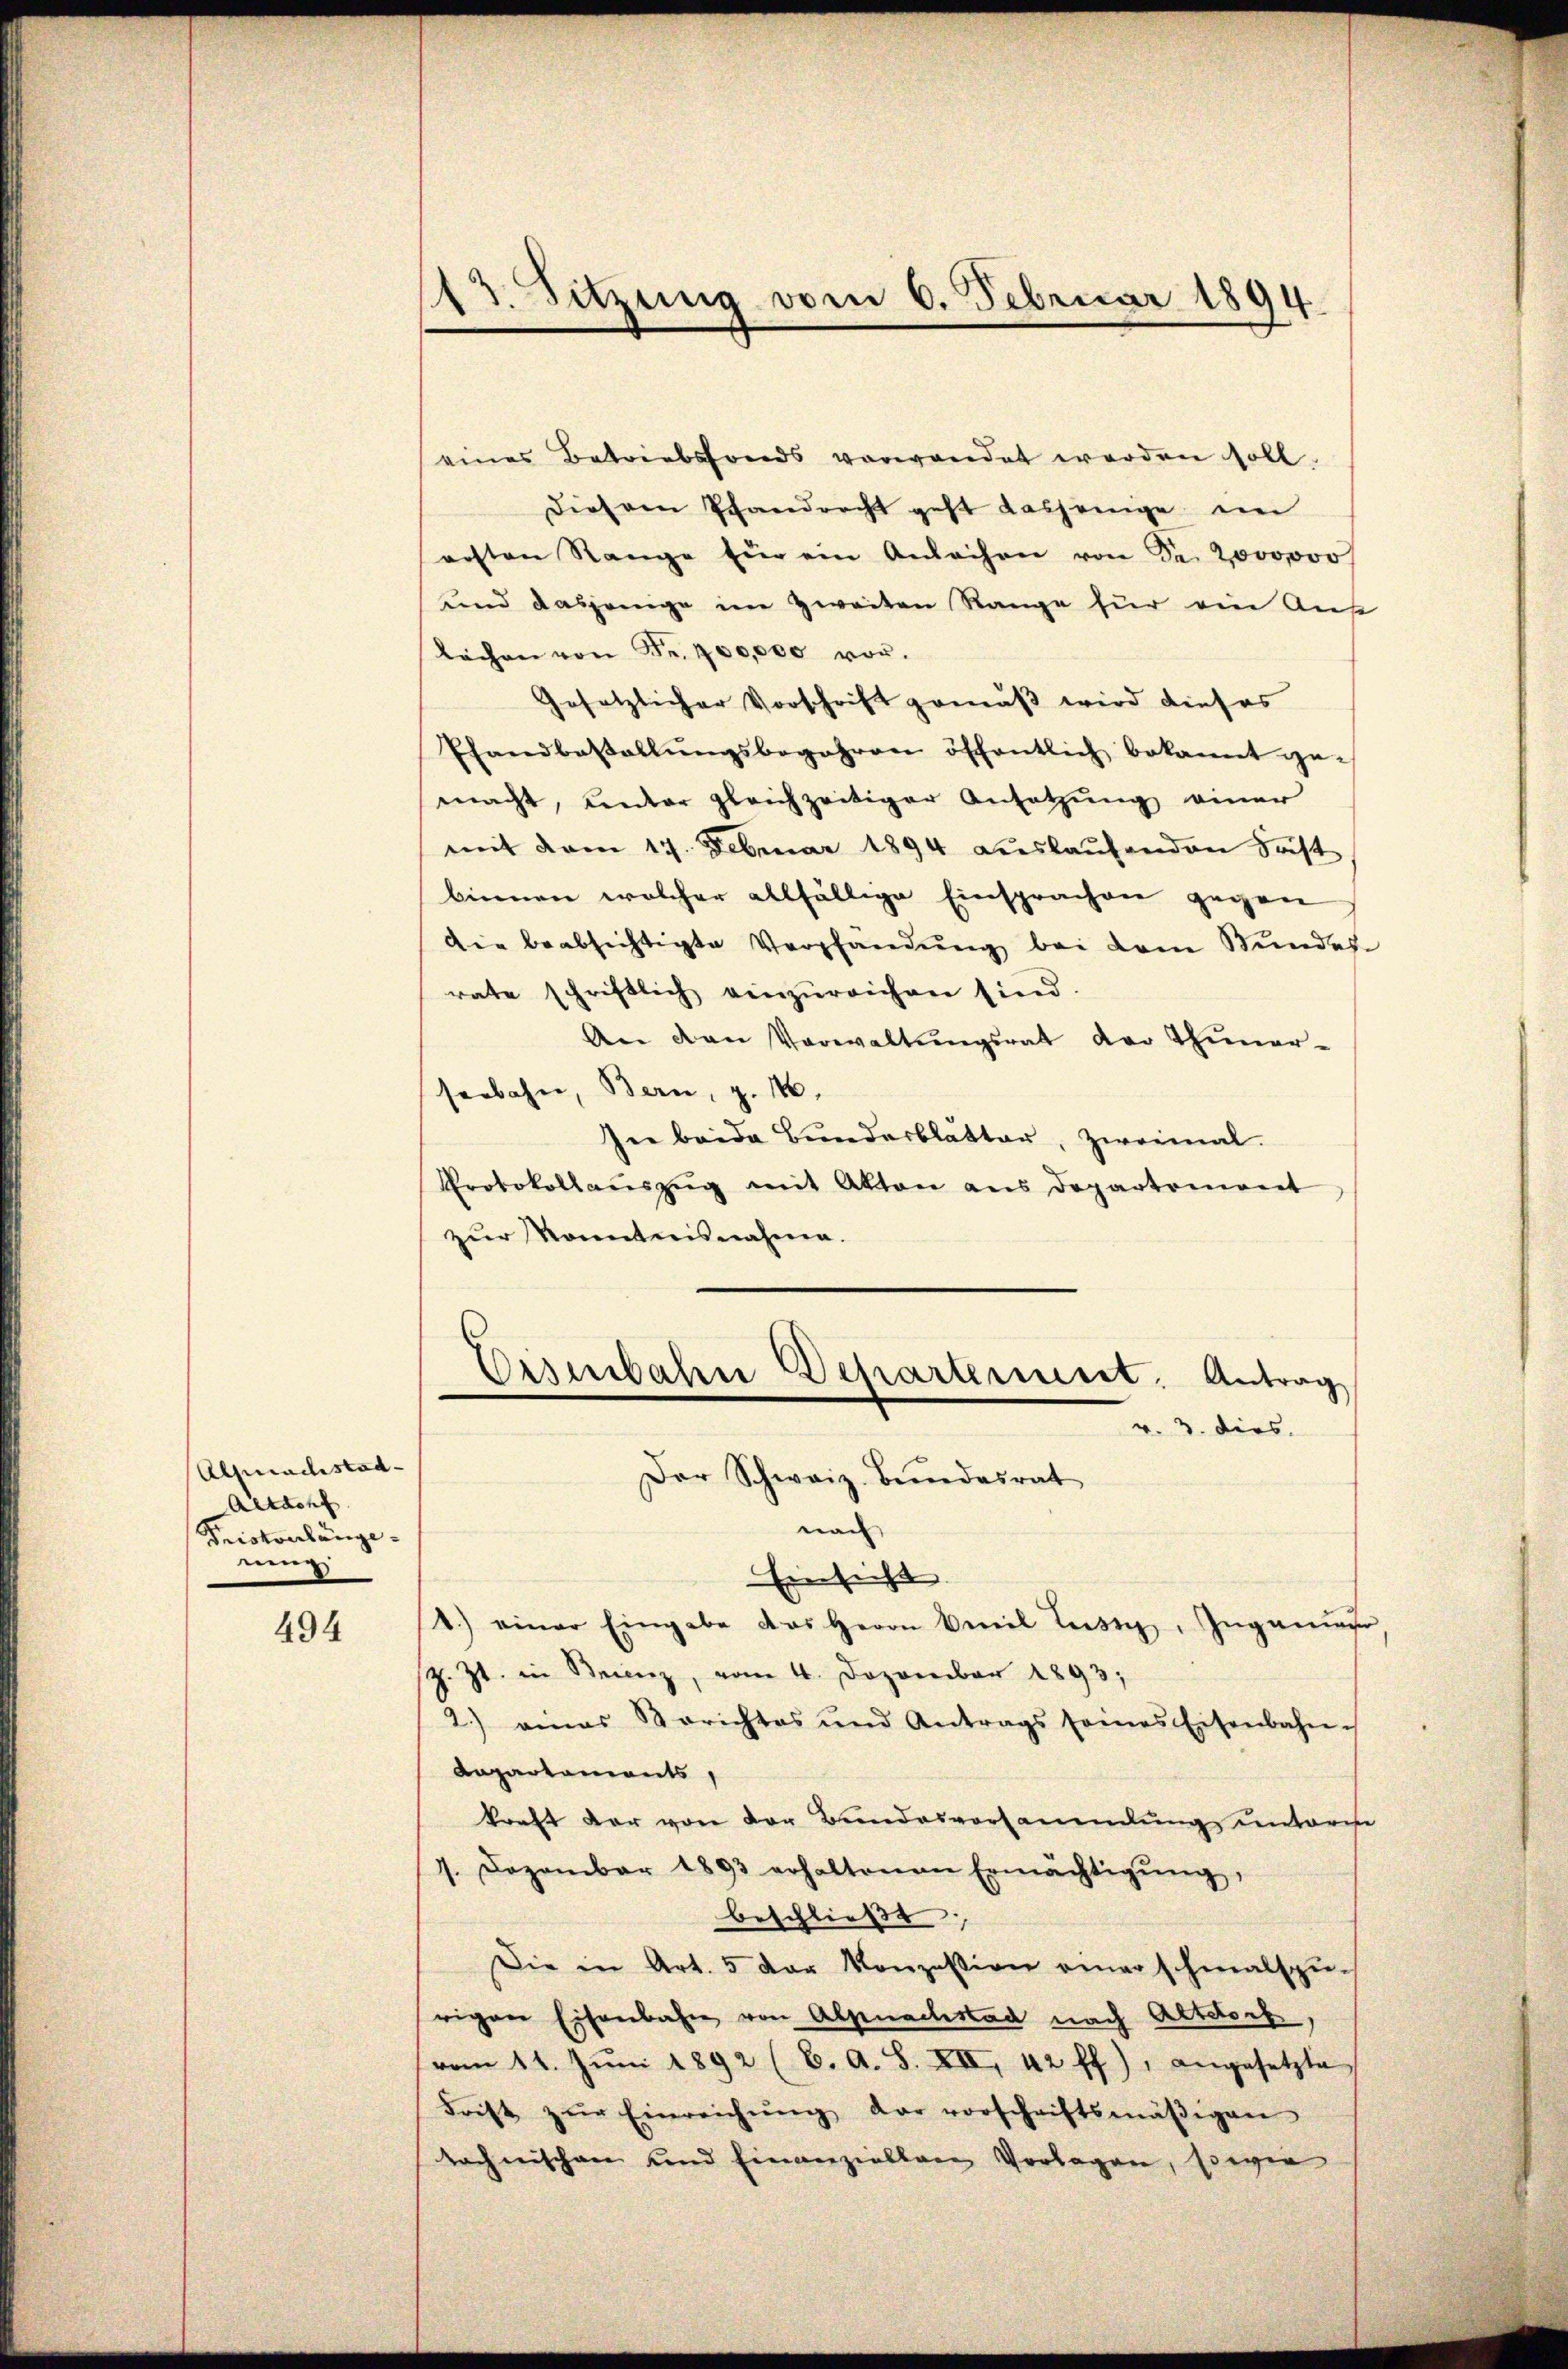
Alprachstad
Aetacht
Triskonlänge
rung

494

13. Sitzung vom 6. Februar 1894.

eines Betriebsfonds verwendet werden soll.
Diesem Pfandrecht geht dasjenige im
resten Range für ein Anleihen von Sr. 2000000
und dasjenige im zweiten Range für ein Aus
lächen von Fr. 700,000 vor.
Gesetzlicher Vorschrift gemäß wird dieses
Pfandbestallŭngsbegehren öffentlich bekannt ge-
macht, ventar gleichzeitiger Ansetzŭng einer
mit dem 17. Februar 1894 aŭslaŭfenden Fast
binnen welcher allfällige Einsprachen gegen
Die beabsichtigte Verpfandŭng bei dem Stundes
rate schriftlich einzŭreichen sind.
An den Verwaltŭngsrat der Thier-
serbahn, Bern, z. 10.
In beide Bundesblatter, zweimal.
Protokollaŭszŭg mit Akten aus Departement
zŭr Kontreisnahme.

Der Schweiz. Bŭndesrat
nan
Einsicht.
1.) einer Eingabe das Herrn Civil Lustg, Ingana,
z. Zt. in Steienz, vom 4. Dezember 1893,
2.) eines Berichtes und Antrags seines Eisenbahn-
Rapartements
kraft der von der Bundesvortanendlung unterre
1. Dezember 1893 erhaltenen Ermächtigŭng,
beschließt:
Die in Art. 5 der Konzession einer schmalspurigen Eisenbahn von Alpnachstad nach Altdorf,
vom 11. Jŭni 1892 (C. A. S. XII. 42 ff.), angesetzte
Frist zŭr Einreichŭng der vorschriftsmäβigen
tochnischen und einanziellen Vorlagen, sowie

Eisenbahn Departement. Antrag
v. 3. dies.